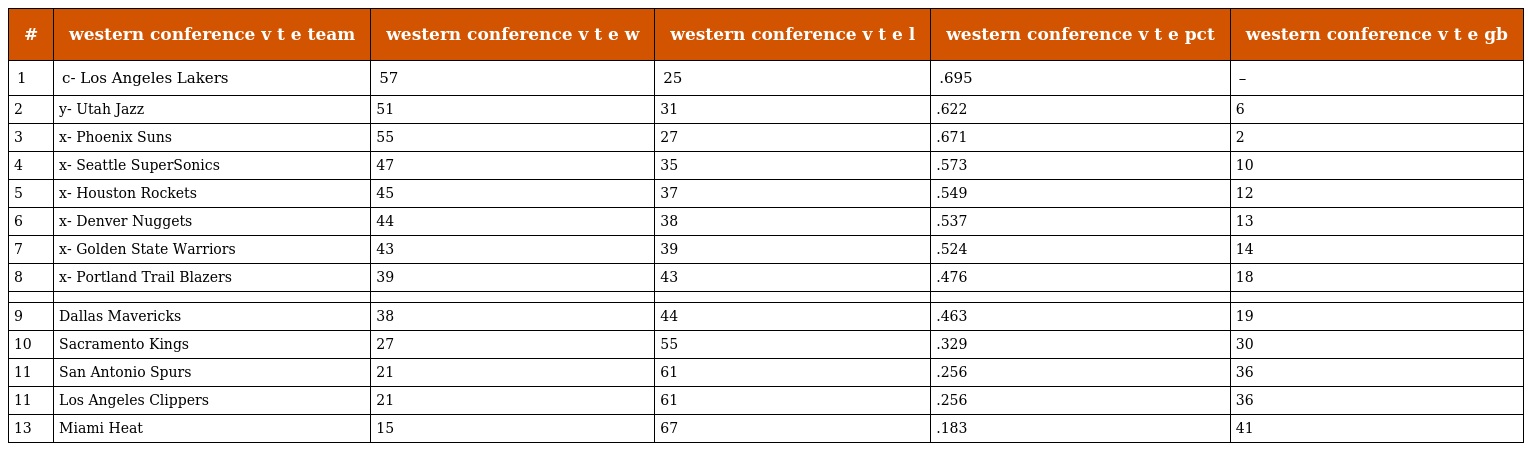
| # | western conference v t e team | western conference v t e w | western conference v t e l | western conference v t e pct | western conference v t e gb |
 | --- | --- | --- | --- | --- | --- |
 | 1 | c- Los Angeles Lakers | 57 | 25 | .695 | – |
 | 2 | y- Utah Jazz | 51 | 31 | .622 | 6 |
 | 3 | x- Phoenix Suns | 55 | 27 | .671 | 2 |
 | 4 | x- Seattle SuperSonics | 47 | 35 | .573 | 10 |
 | 5 | x- Houston Rockets | 45 | 37 | .549 | 12 |
 | 6 | x- Denver Nuggets | 44 | 38 | .537 | 13 |
 | 7 | x- Golden State Warriors | 43 | 39 | .524 | 14 |
 | 8 | x- Portland Trail Blazers | 39 | 43 | .476 | 18 |
 |  |  |  |  |  |  |
 | 9 | Dallas Mavericks | 38 | 44 | .463 | 19 |
 | 10 | Sacramento Kings | 27 | 55 | .329 | 30 |
 | 11 | San Antonio Spurs | 21 | 61 | .256 | 36 |
 | 11 | Los Angeles Clippers | 21 | 61 | .256 | 36 |
 | 13 | Miami Heat | 15 | 67 | .183 | 41 |